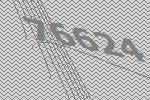
76624